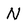
Character: N